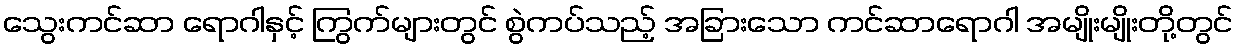
သွေးကင်ဆာ ရောဂါနှင့် ကြွက်များတွင် စွဲကပ်သည့် အခြားသော ကင်ဆာရောဂါ အမျိုးမျိုးတို့တွင်